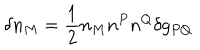
\delta n _ { M } = \frac { 1 } { 2 } n _ { M } n ^ { P } n ^ { Q } \delta g _ { P Q }